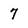
Character: 7